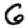
Digit: 6